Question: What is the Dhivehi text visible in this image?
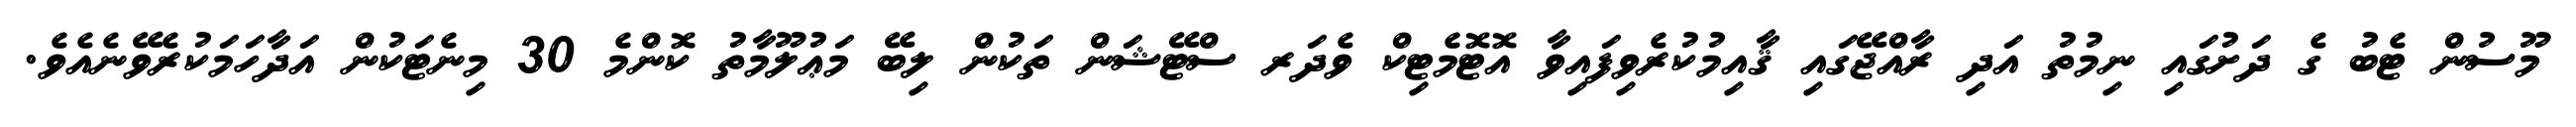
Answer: މޫސުން ޓެބު ގެ ދަށުގައި ނިމުތު އަދި ރާއްޖޭގައި ޤާއިމުކުރެވިފައިވާ އޮޓޮމެޓިކް ވެދަރ ސްޓޭޝަން ތަކުން ލިބޭ މަޢުލޫމާތު ކޮންމެ 30 މިނެޓަކުން އަދާހަމަކުރެވޭނެއެވެ.